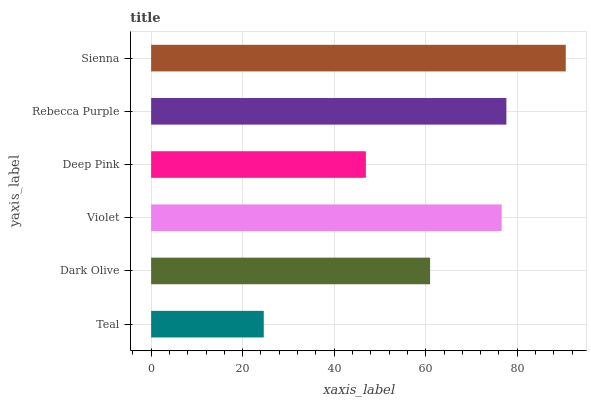
| yaxis_label | bars |
 | --- | --- |
 | Teal | 24.6 |
 | Dark Olive | 60.9 |
 | Violet | 76.6 |
 | Deep Pink | 46.9 |
 | Rebecca Purple | 77.6 |
 | Sienna | 90.6 |